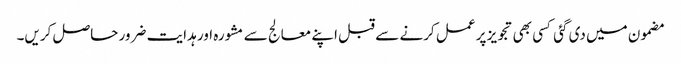
مضمون میں دی گئی کسی بھی تجویز پر عمل کرنے سے قبل اپنے معالج سے مشورہ اور ہدایت ضرور حاصل کریں۔